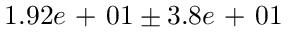
1 . 9 2 e \mathrm { ~ + ~ } 0 1 \pm 3 . 8 e \mathrm { ~ + ~ } 0 1